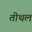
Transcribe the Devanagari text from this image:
तीथल